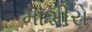
માશીરો